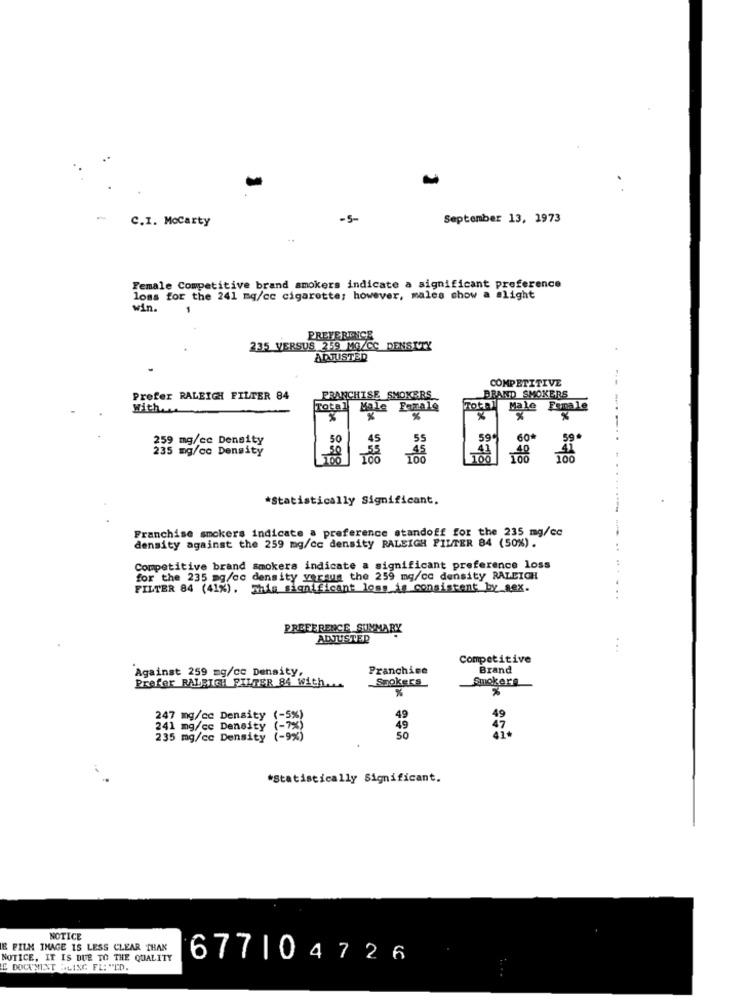
C.I. MoCarty
-5-
September 13, 1973
..
Female Competitive brand smokers indicate a significant preference
loss for the 241 mg/cc cigarette; however, males show a slight
win.
PREFERENCE
235 VERSUS 259 MG/CC DENSITY
ADJUSTED
COMPETITIVE
BRAND SMOKERS
Prefer RALEIGH FILTER 84
FRANCHISE SMOKERS
With ..
Total
Male Female
Total
Male
Female
%
259 mg/ce Density
50
45
59C
60
235 mg/cc Density
55
45
*Statistically Significant.
Franchise smokers indicate a preference standoff for the 235 mg/cc
density against the 259 mg/cc density RALEIGH FILTER 84 (50%).
Competitive brand smokers indicate a significant preference loss
for the 235 mg/cc density versus the 259 mg/cc density RALEIGH
FILTER 84 (41%). This significant loss is consistent by sex.
PREFERENCE SUMMARY
ADJUSTER
Competitive
Franchise
Brand
Against 259 mg/cc Density,
Spokers
Smokers
Prefer RALEIGH FILTER 84 with ...
%
%
49
49
47
235 mg/cc Density
1 mg/cc Density 33
50
*Statistically Significant.
NOTICE
E FILM IMAGE IS LESS CLEAR THAN
NOTICE, IT IS DUE TO THE QUALITY
677104726
E DOCU'NINT DLING FL: NED.